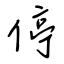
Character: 停